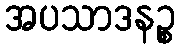
အပသာဒနဉ္စ